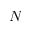
N